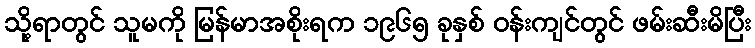
သို့ရာတွင် သူမကို မြန်မာအစိုးရက ၁၉၆၅ ခုနှစ် ဝန်းကျင်တွင် ဖမ်းဆီးမိပြီး